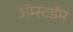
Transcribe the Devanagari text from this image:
अॅम्स्टडॅम